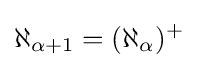
\aleph _{\alpha +1}=(\aleph _{\alpha })^{+}